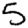
Digit: 5